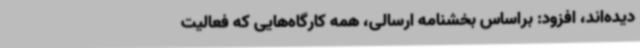
دیده‌اند، افزود: براساس بخشنامه ارسالی، همه کارگاه‌هایی که فعالیت